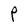
Character: P